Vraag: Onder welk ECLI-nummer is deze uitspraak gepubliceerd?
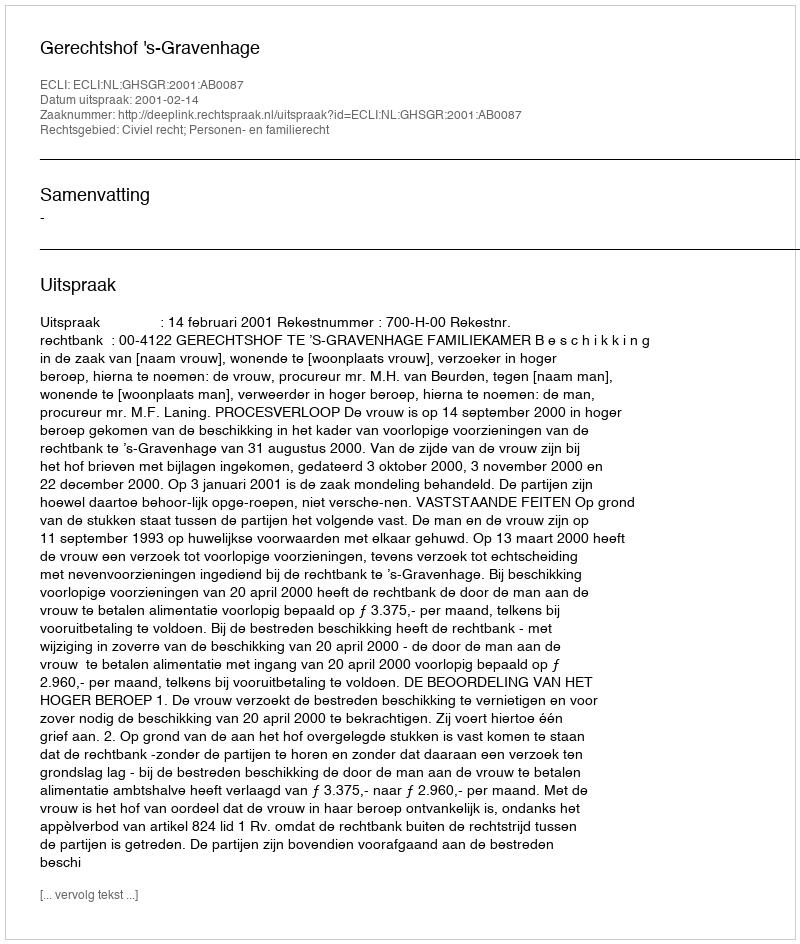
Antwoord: ECLI:NL:GHSGR:2001:AB0087